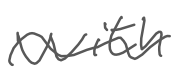
Text: with
Cross-out: mix
Writing tool: digital_gray